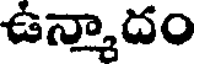
ఉన్మాదం